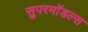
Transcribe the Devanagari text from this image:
सुपरमॉडल्स